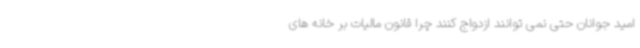
امید جوانان حتی نمی توانند ازدواج کنند چرا قانون مالیات بر خانه های